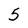
Character: 5